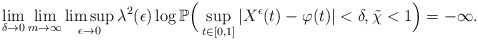
\begin{align*}\lim_{\delta\to0}\lim_{m\to\infty}\limsup_{\epsilon\to0}\lambda^2(\epsilon)\log\mathbb P\Big(\sup_{t\in[0,1]}|X^{\epsilon}(t)-\varphi(t)|<\delta, \tilde{\chi}<1\Big)=-\infty.\end{align*}